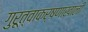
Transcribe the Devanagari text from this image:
गुरूत्वाकर्षणाखाली